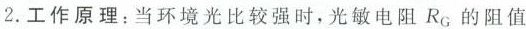
2.工作原理：当环境光比较强时，光敏电阻R_{G}的阻值